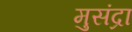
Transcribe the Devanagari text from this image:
मुसंद्रा